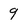
Character: 9